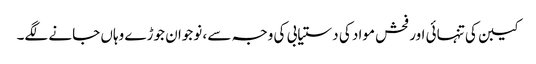
کیبن کی تنہائی اور فحش مواد کی دستیابی کی وجہ سے ، نوجوان جوڑے وہاں جانے لگے۔